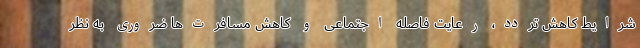
شرایط کاهش تردد، رعایت فاصله اجتماعی و کاهش مسافرت‌ها ضروری به نظر